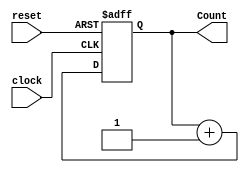
//Program counter that traverses the Instruction Queue and resets once all intructions are read 
module Program_Counter #(parameter n = 6)
(clock, reset, Count);
input clock, reset;
output reg [n-1:0] Count; 

always @(posedge clock, negedge reset)
begin
if (!reset)
Count = 0;
else 
Count = Count + 1;
end

endmodule